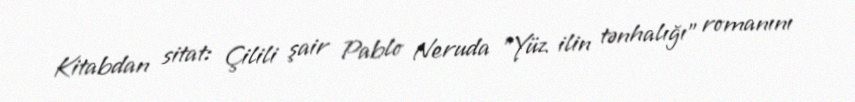
Kitabdan sitat: Çilili şair Pablo Neruda "Yüz ilin tənhalığı" romanını